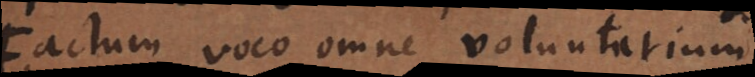
Factum voco omne voluntarium.